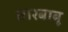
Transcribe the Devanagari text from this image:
तारबाबू